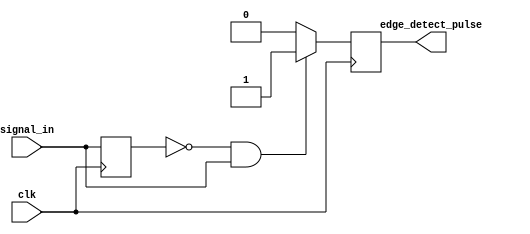
// Status:      works fine

module edge_detector #(
    parameter WIDTH = 1
)(
    input clk,
    input [WIDTH-1:0] signal_in,
    output [WIDTH-1:0] edge_detect_pulse
);
    // TODO: implement a multi-bit edge detector that detects a rising edge of 'signal_in[x]'
    // and outputs a one-cycle pulse 'edge_detect_pulse[x]' at the next clock edge

    integer i;

    reg [WIDTH-1 : 0] signal_in_old_value, edp_buffer;

    always @(posedge clk)
    begin
        signal_in_old_value <= signal_in;

        for (i = 0; i < WIDTH; i = i + 1)
        begin
            edp_buffer[i] = 0;
            if ((signal_in_old_value[i] == 1'b0) && (signal_in[i] == 1'b1))
            begin
                edp_buffer[i] = 1;
            end
        end

    end

    // Remove this line once you create your edge detector
    assign edge_detect_pulse = edp_buffer;
endmodule